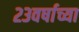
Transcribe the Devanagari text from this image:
२३वर्षाच्या